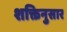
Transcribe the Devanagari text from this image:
शक्तिनुसार